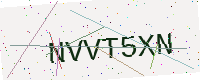
Text: NVVT5XN